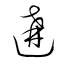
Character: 遘